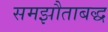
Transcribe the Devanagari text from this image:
समझौताबद्ध